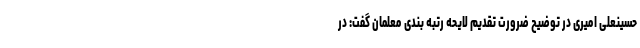
حسینعلی امیری در توضیح ضرورت تقدیم لایحه رتبه بندی معلمان گفت: در